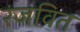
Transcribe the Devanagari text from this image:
रंजवित